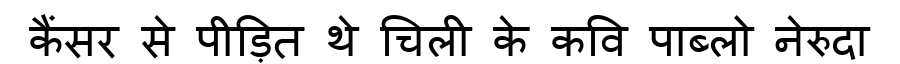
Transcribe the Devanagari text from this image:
कैंसर से पीड़ित थे चिली के कवि पाब्लो नेरुदा